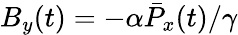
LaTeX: B_{y}(t)=-{\alpha}\bar{P}_{x}(t)/{\gamma}